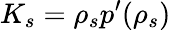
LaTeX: K_{s}=\rho_{s}p^{\prime}(\rho_{s})